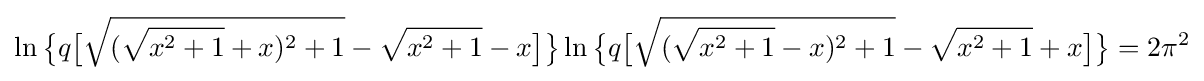
\ln {\bigl \{}q{\bigl [}{\sqrt {({\sqrt {x^{2}+1}}+x)^{2}+1}}-{\sqrt {x^{2}+1}}-x{\bigr ]}{\bigr \}}\ln {\bigl \{}q{\bigl [}{\sqrt {({\sqrt {x^{2}+1}}-x)^{2}+1}}-{\sqrt {x^{2}+1}}+x{\bigr ]}{\bigr \}}=2\pi ^{2}